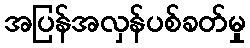
အပြန်အလှန်ပစ်ခတ်မှု